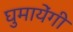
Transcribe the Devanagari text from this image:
घुमायेंगी